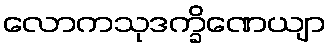
လောကသုဒက္ခိဏေယျာ